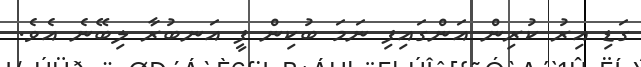
ގަޑި އިރު ކުރިން އަންގައިފި ނަމަ ބުކިން ފީ އަނބުރާ ލިބޭނެ އެވެ.